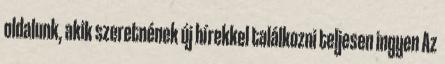
oldalunk, akik szeretnének új hírekkel találkozni teljesen ingyen Az